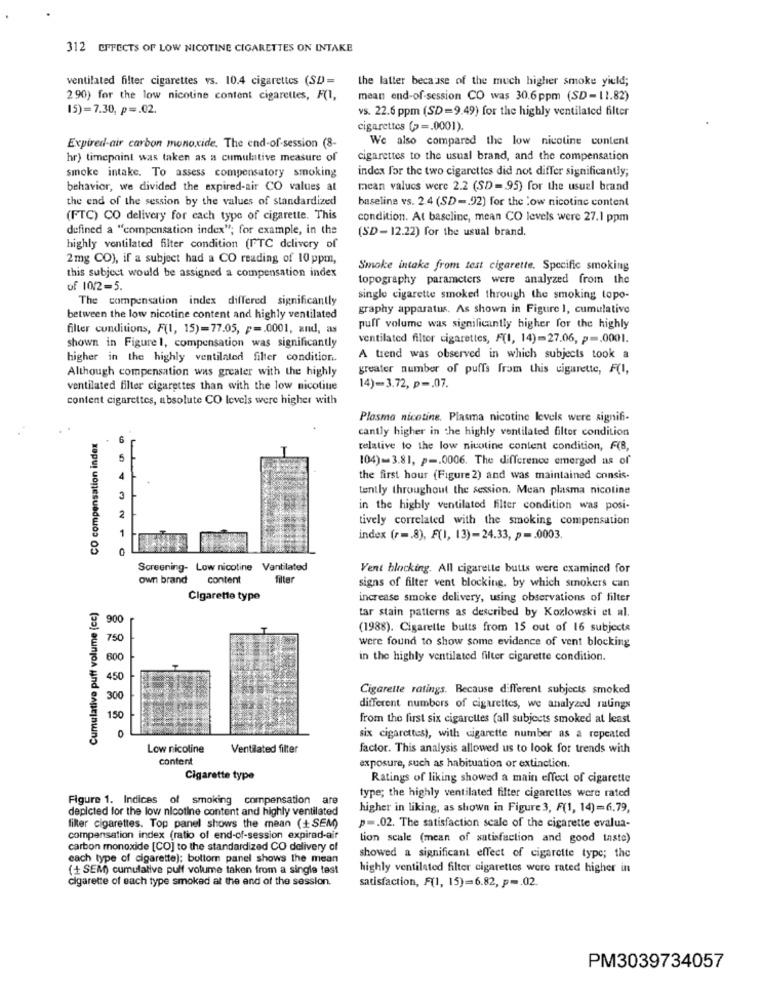
312 EFFECTS OF LOW NICOTINE CIGARETTES ON INTAKE
ventilated filter cigarettes vs. 10.4 cigarettes (SD) =
the latter because of the much higher smoke yield;
290) for the low nicotine content cigarettes, F(I,
mean end-of-session CO was 30.6ppm (SD-11.82)
15)=7.30, p =. 02.
vs. 22.6 ppm (SD=9.49) for the highly ventilated filter
cigarettes (> =. 0001).
We also compared the low nicotine content
Expired-air carbon monoxide. The end-of-session (8-
hr) timepoint was taken as a cumulative measure of
cigarettes to the usual brand, and the compensation
index for the two cigarettes did not differ significantly;
smoke intake. To assess compensatory smoking
behavior, we divided the expired-air CO values at
mean values were 2.2 (SD=95) for the usual brand
the end of the session by the values of standardized
baseline vs. 2.4 (SD -. 92) for the low nicotine content
(FTC) CO delivery for each type of cigarette. This
condition. At bascline, mean CO levels were 27.1 ppm
defined a "compensation index"; for example, in the
(SD-12.22) for the usual brand.
highly ventilated filter condition (FTC delivery of
2mg CO), if a subject had a CO reading of 10 ppm,
Smoke intake from test cigarette. Specific smoking
this subject would be assigned a compensation index
topography parameters were analyzed from the
of 10/2=5.
The compensation index differed significantly
single cigarette smoked through the smoking topo-
graphy apparatus. As shown in Figure 1, cumulative
between the low nicotine content and highly ventilated
filter conditions, F(1, 15)=77.05, p =. 0001, and, as
puff volume was significantly higher for the highly
ventilated filter cigarettes, F(1, 14)=27.06, p -. 0001.
shown in Figure 1, compensation was significantly
higher in the highly ventilated filter condition ..
A trend was observed in which subjects took a
Although compensation was greater with the highly
greater number of puffs from this cigarette, F(I,
ventilated filter cigarettes than with the low nicotine
14)-3.72, p -. 07.
content cigarettes, absolute CO levels were higher with
Plasma nicotine. Plasma nicotine levels were signifi-
CO compensation index
cantly higher in the highly ventilated filter condition
6
relative to the low nicotine content condition, F(B,
5
104)-3.81, p -. 0006. The difference emerged as of
4
the first hour (Figure 2) and was maintained consis-
tently throughout the session. Mean plasma nicotine
3
in the highly ventilated filter condition was posi-
2
tively correlated with the smoking compensation
1
index (r =. 8), F(, 13)-24.33, p -. 0003.
Screening- Low nicotine Ventilated
Vent blocking. All cigarette butts were examined for
own brand content
filter
signs of filter vent blocking, by which smokers can
Cigarette type
increase smoke delivery, using observations of filter
Cumulative puff volume (cc)
tar stain patterns as described by Kozlowski et al.
900
(1988). Cigarette butts from 15 out of 16 subjects
750
were found to show some evidence of vent blocking
600
in the highly ventilated filter cigarette condition.
450
Cigarette ratings. Because different subjects smoked
300
different numbers of cigarettes, we analyzed ratings
150
from the first six cigarettes (all subjects smoked at least
six cigarettes), with cigarette number as a repeated
Low nicotine
Ventilated filter
factor. This analysis allowed us to look for trends with
content
exposure, such as habituation or extinction.
Cigarette type
Ratings of liking showed a main effect of cigarette
type; the highly ventilated filter cigarettes were rated
Figure 1. Indices of smoking compensation are
depicted for the low nicotine content and highly ventilated
higher in liking, as shown in Figure 3, F(1, 14)=6.79,
filter cigarettes. Top panel shows the mean (+SEM)
p -. 02. The satisfaction scale of the cigarette evalua-
compensation index (ratio of end-of-session expirad-air
lion scale (mean of satisfaction and good taste)
carbon monoxide [CO] to the standardized CO delivery of
each type of cigarette); bottom panel shows the mean
showed a significant effect of cigarette type; the
(+ SEM) cumulative puff volume taken from a single test
highly ventilated filter cigarettes were rated higher in
cigarette of each type smoked at the end of the session.
satisfaction, F(1, 15)=6.82, p =. 02.
PM3039734057